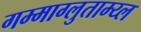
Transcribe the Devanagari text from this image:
गम्माग्लुताम्य्ल